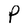
Character: P